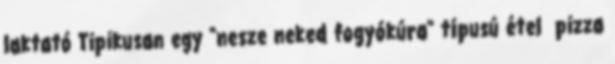
laktató Tipikusan egy "nesze neked fogyókúra" típusú étel pizza